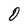
Character: 0